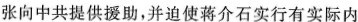
张向中共提供援助，并迫使蒋介石实行有实际内